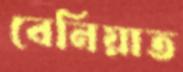
বেনিয়াত